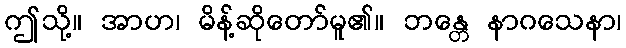
ဤသို့။ အာဟ၊ မိန့်ဆိုတော်မူ၏။ ဘန္တေ နာဂသေနာ၊